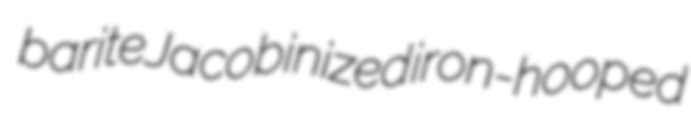
barite Jacobinized iron-hooped